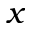
x